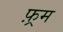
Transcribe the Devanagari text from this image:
फ़्रम